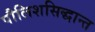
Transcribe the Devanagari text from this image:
पौलिशसिद्धान्त